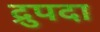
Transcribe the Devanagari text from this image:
द्रुपदा